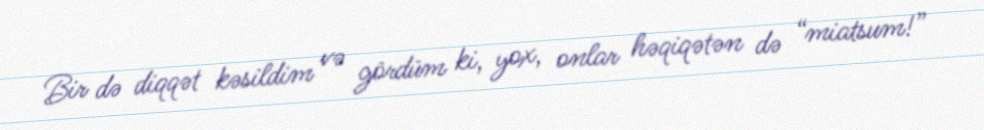
Bir də diqqət kəsildim və gördüm ki, yox, onlar həqiqətən də “miatsum!”